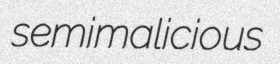
semimalicious